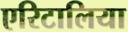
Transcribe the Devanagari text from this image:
एरिटालिया